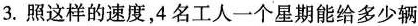
3.照这样的速度，4名工人一个星期能给多少辆